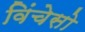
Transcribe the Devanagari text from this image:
विंचेसो